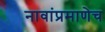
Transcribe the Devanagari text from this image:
नावांप्रमाणेच